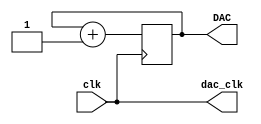
module triangle_wave(
input clk,
output [13:0] DAC,
output dac_clk

);
 reg [13:0] a;
 
always @(posedge clk) 
	begin
		a = a + 1;
	end

assign DAC = a;
assign dac_clk = clk;
 
 endmodule